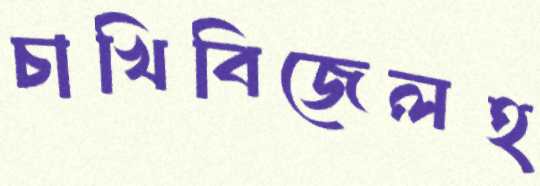
চাখিবিজেলহ